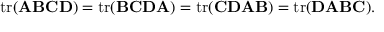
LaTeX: \operatorname { t r } ( \mathbf { A } \mathbf { B } \mathbf { C } \mathbf { D } ) = \operatorname { t r } ( \mathbf { B } \mathbf { C } \mathbf { D } \mathbf { A } ) = \operatorname { t r } ( \mathbf { C } \mathbf { D } \mathbf { A } \mathbf { B } ) = \operatorname { t r } ( \mathbf { D } \mathbf { A } \mathbf { B } \mathbf { C } ) .